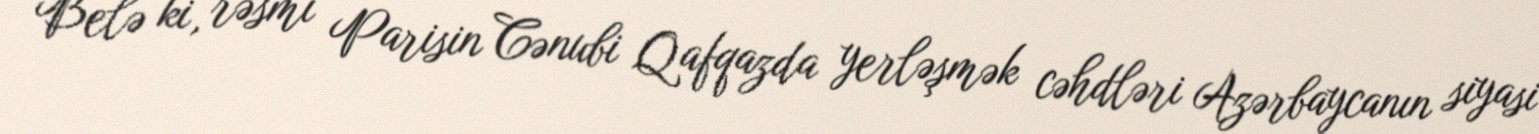
Belə ki, rəsmi Parisin Cənubi Qafqazda yerləşmək cəhdləri Azərbaycanın siyasi